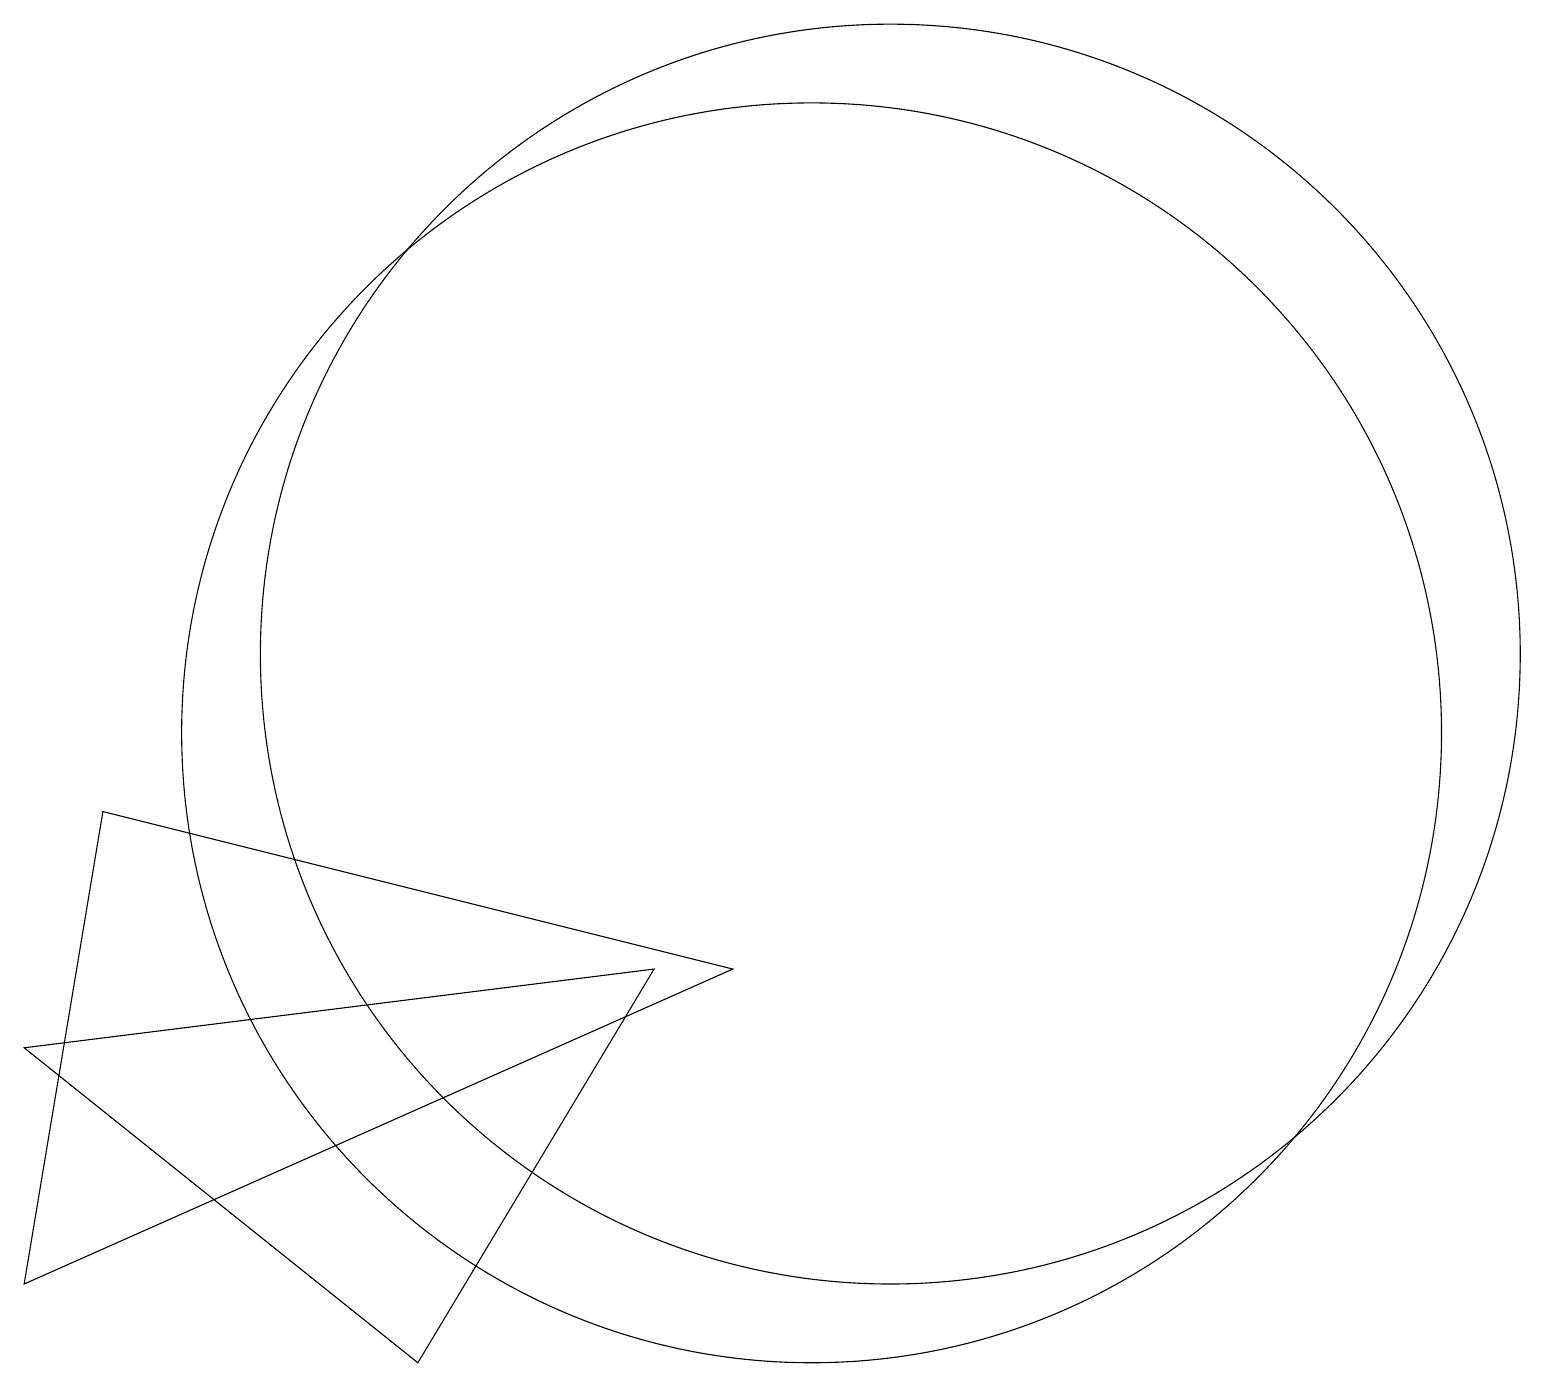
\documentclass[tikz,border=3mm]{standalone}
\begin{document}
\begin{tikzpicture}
\draw (11,11) circle (8);
\draw (8,7) -- (0,6) -- (5,2) -- cycle;
\draw (10,10) circle (8);
\draw (1,9) -- (9,7) -- (0,3) -- cycle;
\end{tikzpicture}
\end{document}